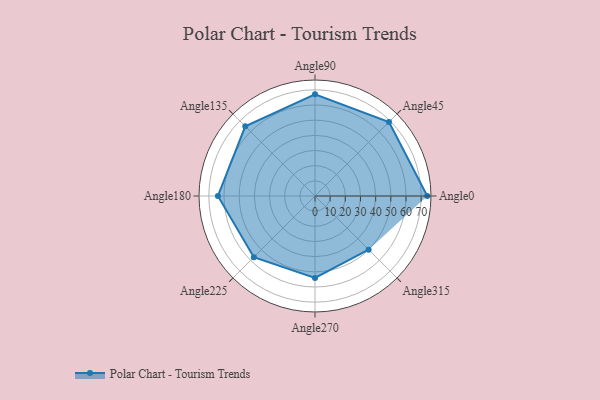
{"axis": {"x": "Angle", "y": "Radius"}, "legend": [""], "data": [{"x": "Angle0", "y": 74.0, "type": ""}, {"x": "Angle45", "y": 69.0, "type": ""}, {"x": "Angle90", "y": 67.0, "type": ""}, {"x": "Angle135", "y": 65.0, "type": ""}, {"x": "Angle180", "y": 64.0, "type": ""}, {"x": "Angle225", "y": 57.0, "type": ""}, {"x": "Angle270", "y": 54.0, "type": ""}, {"x": "Angle315", "y": 50, "type": ""}]}